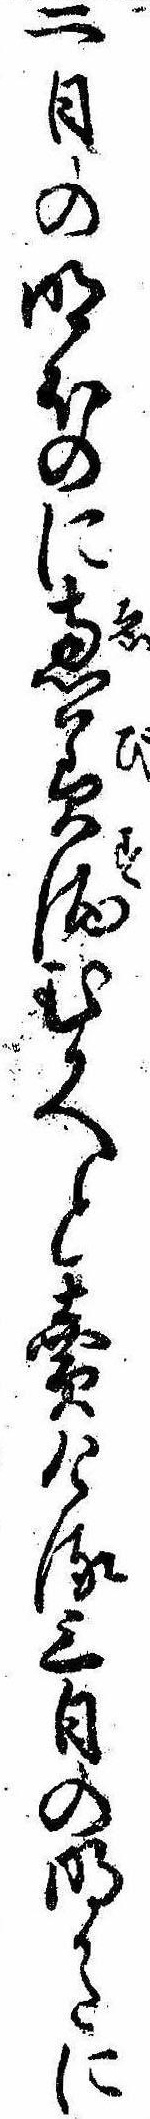
二日の明ほのに恵美酒むかへと売ける三日の明かたに